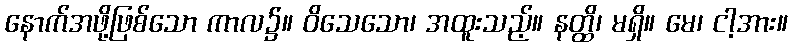
နောက်အဖို့ဖြစ်သော ကာလ၌။ ဝိသေသော၊ အထူးသည့်။ နတ္ထိ၊ မရှိ။ မေ၊ ငါ့အား။